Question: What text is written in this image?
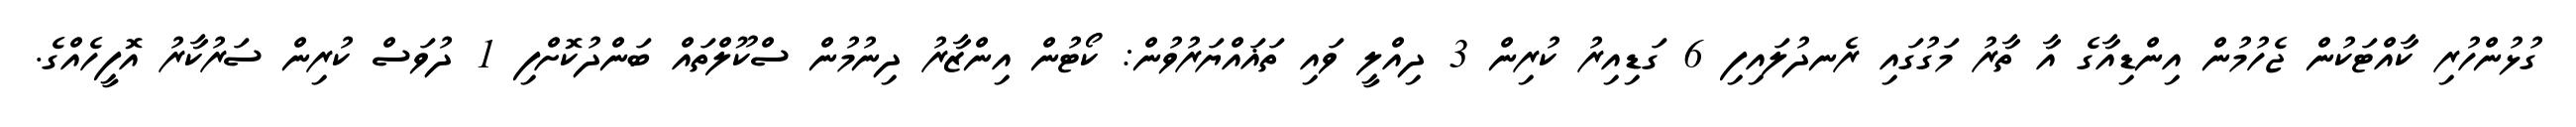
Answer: ގުޅުންހުރި ކާއްޓަކުން ޖެހުމުން އިންޑިއާގެ އާ ތާރު މަގުގައި ރެނދުލައިފި 6 ގަޑިއިރު ކުރިން 3 ދިއްލީ ވައި ތަޣައްޔަރުވުން: ކޯޓުން އިންޒާރު ދިނުމުން ސްކޫލްތައް ބަންދުކޮށްފި 1 ދުވަސް ކުރިން ސަރުކާރު އޮފީހެއްގެ.